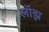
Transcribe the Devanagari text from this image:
लॉझ